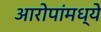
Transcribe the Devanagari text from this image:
आरोपांमध्ये